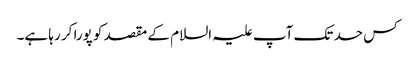
کس حد تک آپ علیہ السلام کے مقصد کو پورا کر رہا ہے۔